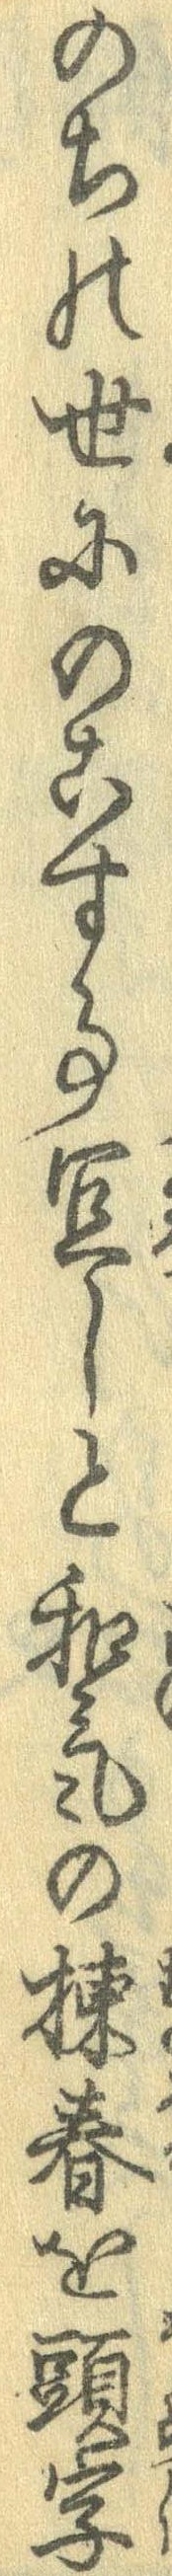
のちの世にのこする宜しと和気の棟春を頭字